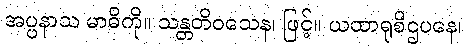
အပ္ပနာသ မာဓိကို။ သန္တတိဝသေန၊ ဖြင့်။ ယထာရုစိဌပနေ၊